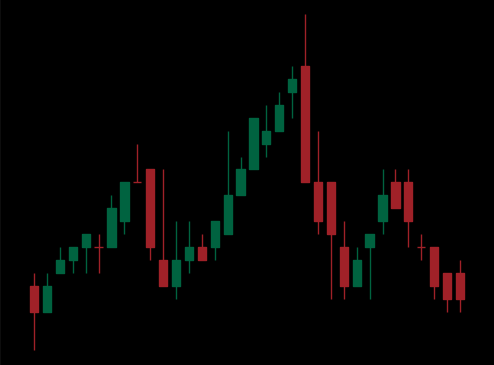
Pattern: head_shoulders